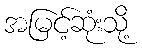
အမြင့်ဆုံးသို့